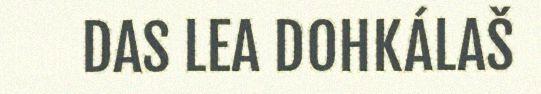
DAS LEA DOHKÁLAŠ